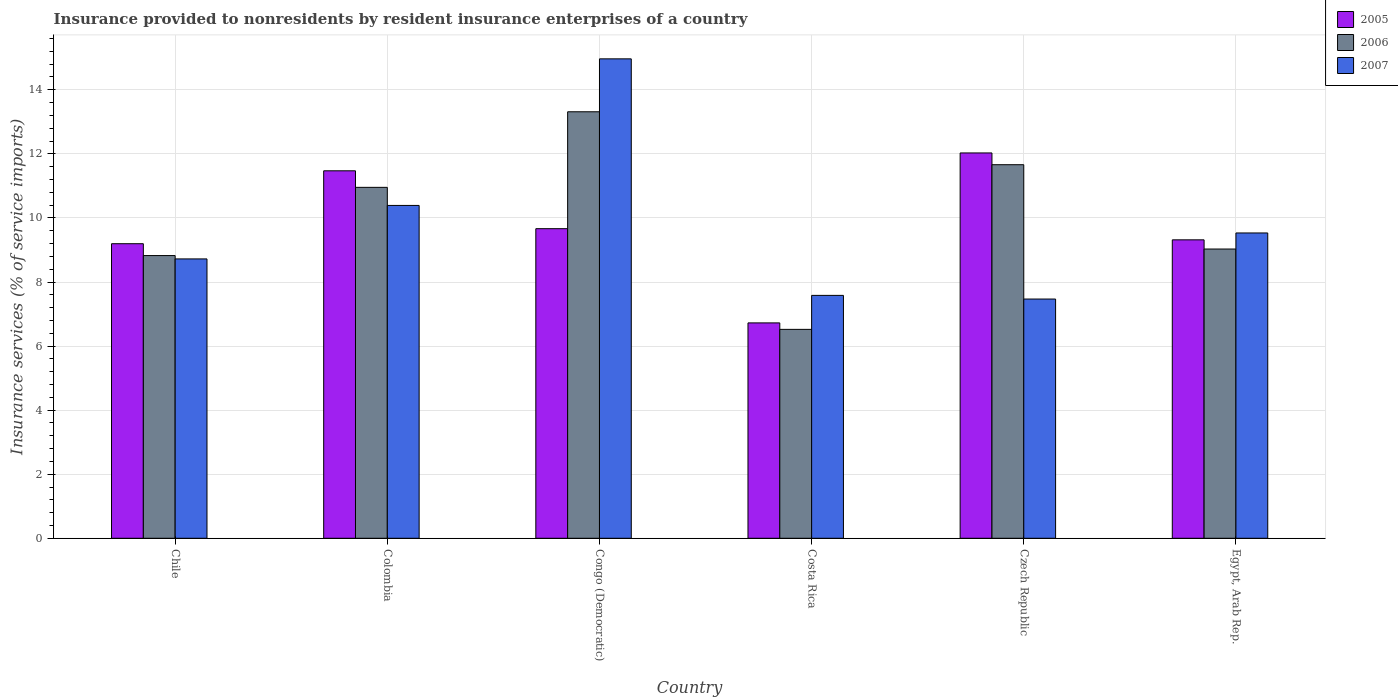
| Country | 2005 | 2006 | 2007 |
 | --- | --- | --- | --- |
 | Chile | 9.2 | 8.83 | 8.72 |
 | Colombia | 11.5 | 11 | 10.4 |
 | Congo (Democratic) | 9.66 | 13.3 | 15 |
 | Costa Rica | 6.72 | 6.52 | 7.58 |
 | Czech Republic | 12 | 11.7 | 7.47 |
 | Egypt, Arab Rep. | 9.32 | 9.03 | 9.53 |